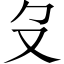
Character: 𠬛